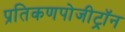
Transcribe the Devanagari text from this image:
प्रतिकणपोजीट्रॉन